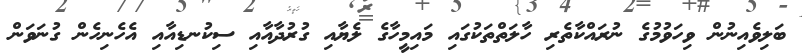
ބަލިވެއިނުން ވިހަވުމުގެ ނުރައްކާތެރި ހާލަތްތަކުގައި މައިމީހާގެ ލެޔާއި ގުރުދާއާއި ސިކުނޑިއާއި އެހެނިހެން ގުނަވަން